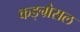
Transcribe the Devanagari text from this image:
कङ्ग्रेसल